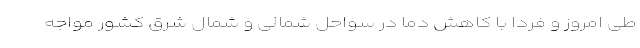
طی امروز و فردا با کاهش دما در سواحل شمالی و شمال شرق کشور مواجه